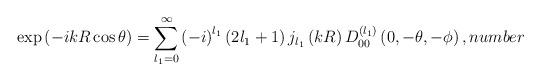
LaTeX: \begin{align*}\exp\left( -ikR\cos\theta\right) =\sum_{l_{1}=0}^{\infty}\left( -i\right)^{l_{1}}\left( 2l_{1}+1\right) j_{l_{1}}\left( kR\right) D_{00}^{\left(l_{1}\right) }\left( 0,-\theta,-\phi\right) , number\end{align*}